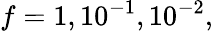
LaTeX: f=1,10^{-1},10^{-2},